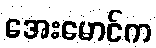
အေးမောင်က